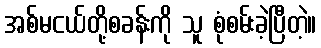
အစ်မငယ်တို့စခန်းကို သူ စုံစမ်းခဲ့ပြီတဲ့။